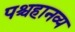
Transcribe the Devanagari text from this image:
पश्चहानव्य